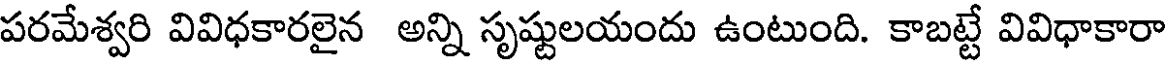
పరమేశ్వరి వివిధకారలైన అన్ని సృష్టులయందు ఉంటుంది. కాబట్టే వివిధాకారా